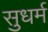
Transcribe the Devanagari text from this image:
सुधर्म